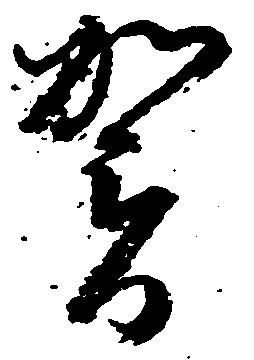
賀